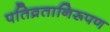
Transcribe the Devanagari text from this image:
पतिव्रतानिरूपण